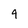
Character: 4